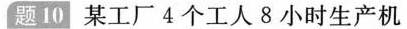
题10 某工厂4个工人8小时生产机